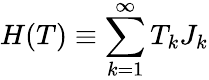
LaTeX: H(T)\equiv\sum_{k=1}^{\infty}T_{k}J_{k}